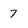
Character: 7